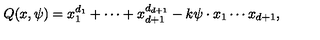
Q ( x , \psi ) = x _ { 1 } ^ { d _ { 1 } } + \cdots + x _ { d + 1 } ^ { d _ { d + 1 } } - k \psi \cdot x _ { 1 } \cdots x _ { d + 1 } ,